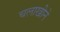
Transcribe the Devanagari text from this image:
चलाखीने